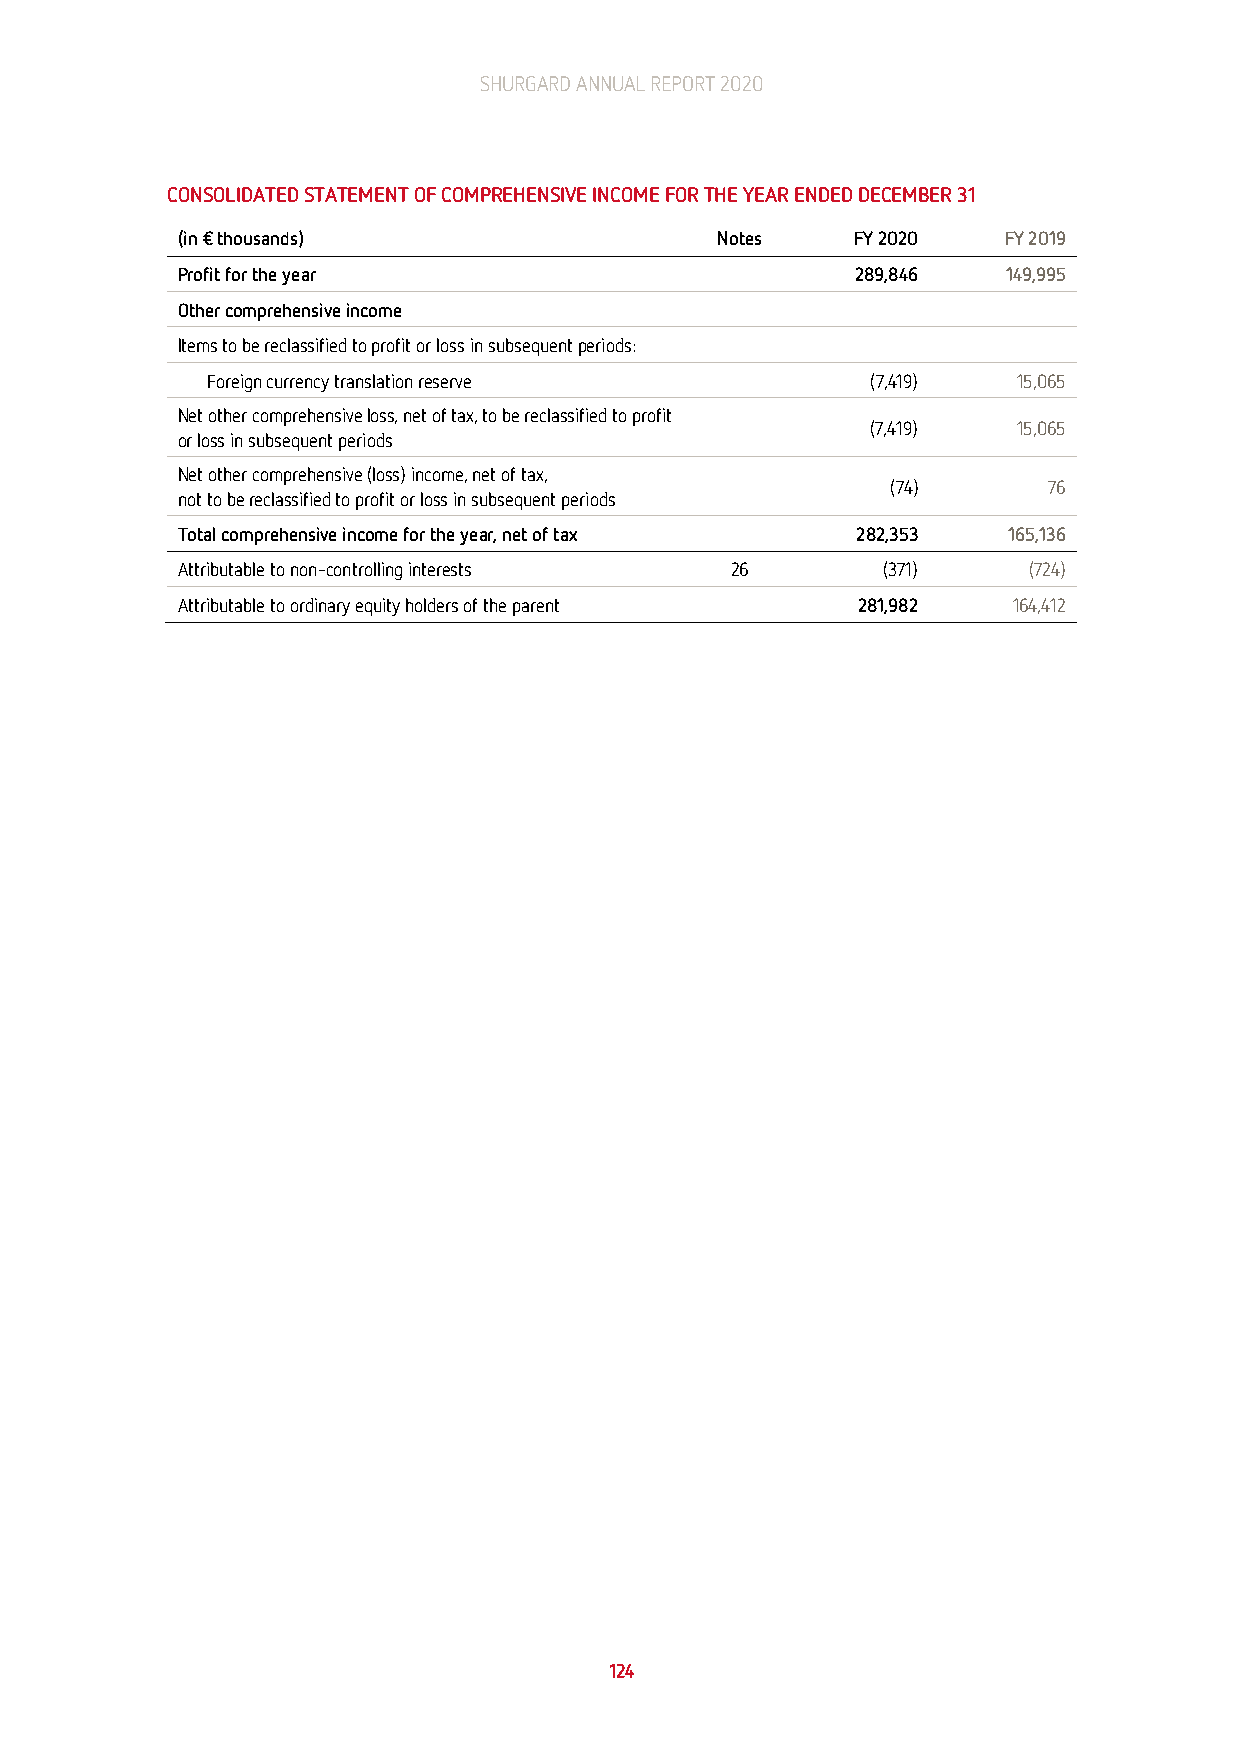
SHURGARD ANNUAL REPORT 2020
 CONSOLIDATED STATEMENT OF COMPREHENSIVE INCOME FOR THE YEAR ENDED DECEMBER 31
 (in € thousands)                   Notes     FY 2020  FY 2019
 Profit for the year                          289,846   149,995
 Other comprehensive income
 Items to be reclassified to profit or loss in subsequent periods:
 Foreign currency translation reserve        (7,419)  15,065
 Net other comprehensive loss, net of tax, to be reclassified to profit
 (7,419)  15,065
 or loss in subsequent periods
 Net other comprehensive (loss) income, net of tax,
 (74)      76
 not to be reclassified to profit or loss in subsequent periods
 Total comprehensive income for the year, net of tax 282,353 165,136
 Attributable to non-controlling interests 26  (371)     (724)
 Attributable to ordinary equity holders of the parent 281,982 164,412
 124